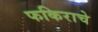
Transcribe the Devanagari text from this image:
फकिराचे